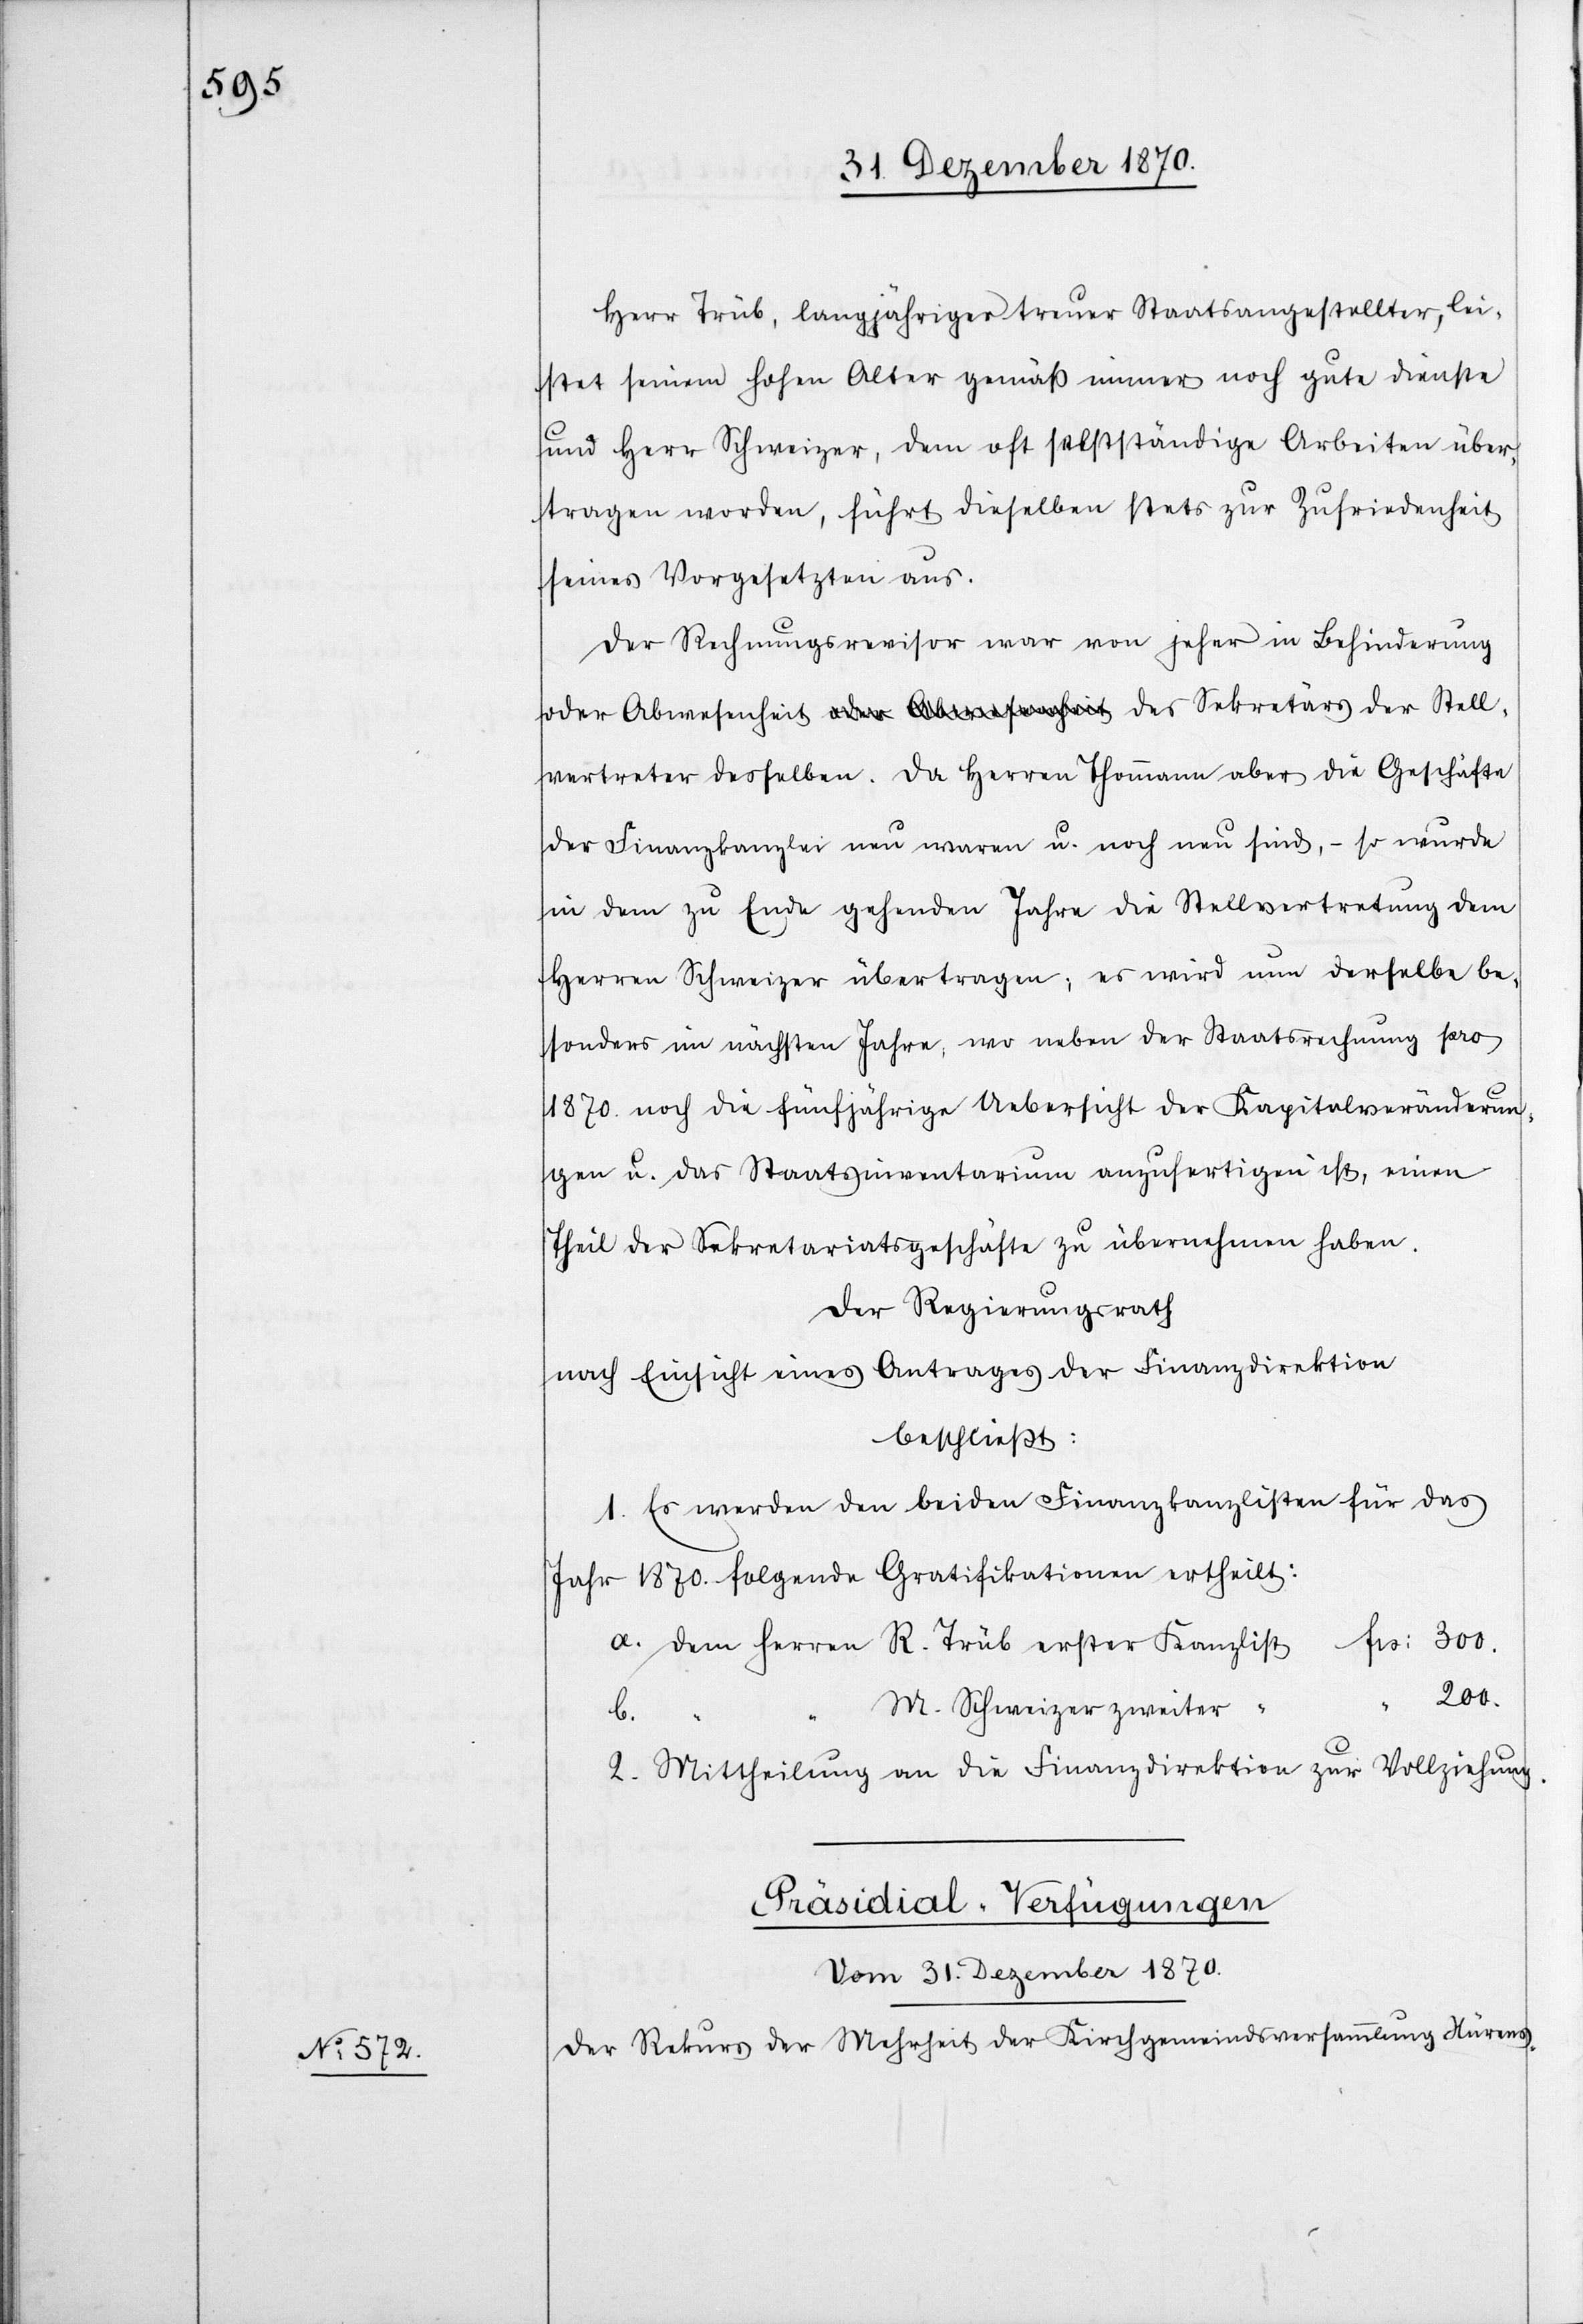
Herr Trüb, langjähriger treuer Staatsangestellter, lei¬
stet seinem hohen Alter gemäß immer noch gute Dienste
und Herr Schweizer, dem oft selbständige Arbeiten über¬
tragen werden, führt dieselben stets zur Zufriedenheit
seines Vorgesetzten aus.
Der Rechungsrevisor war von jeher in Behinderung
der Finanzkanzlei neu waren u. noch neu sind, – so wurde
in dem zu Ende gehenden Jahre die Stellvertretung dem
Herren Schweizer übertragen, es wird nun derselbe be¬
sonders im nöchsten Jahre, wo neben der Staatsrechnung pro
1870. noch die fünfjährige Uebersicht der Kaitalveränderun¬
gen u. das Staatsinventarium anzufertigen ist, einen
Theil der Sekretariatsgeschäfte zu übernehmen haben.
Der Regierungsrath
nach Einsicht eines Antrages der Finanzdirektion
beschließt:
1. Es werden den beiden Finanzkanzlisten für das
Jahr 1870. folgende Gratifikationen ertheilt:
Frs: 300.
a. Dem Herren R. Trüb erster Kanzlist
200.
M. Schweizer zweiter
b.
2. Mittheilung an die Finanzdirektion zur Vollziehung.
Präsidial-Verfügungen
Vom 31. Dezember 1870.
Der Rekurs der Mehrheit der Kirchgemeindsversammlung Nürens-